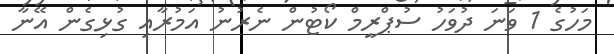
މަހުގެ 1 ވަނަ ދުވަހު ސުޕްރީމް ކޯޓުން ނެރުނު އަމުރާއި ގުޅިގެން އޭނާ